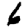
Digit: 6